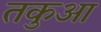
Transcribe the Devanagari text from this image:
तकुआ